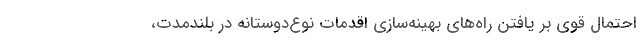
احتمال قوی بر یافتن راه‌های بهینه‌سازی اقدمات نوع‌دوستانه در بلندمدت،